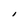
Character: I